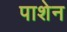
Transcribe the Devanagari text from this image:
पाशेन